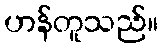
ဟန်တူသည်။